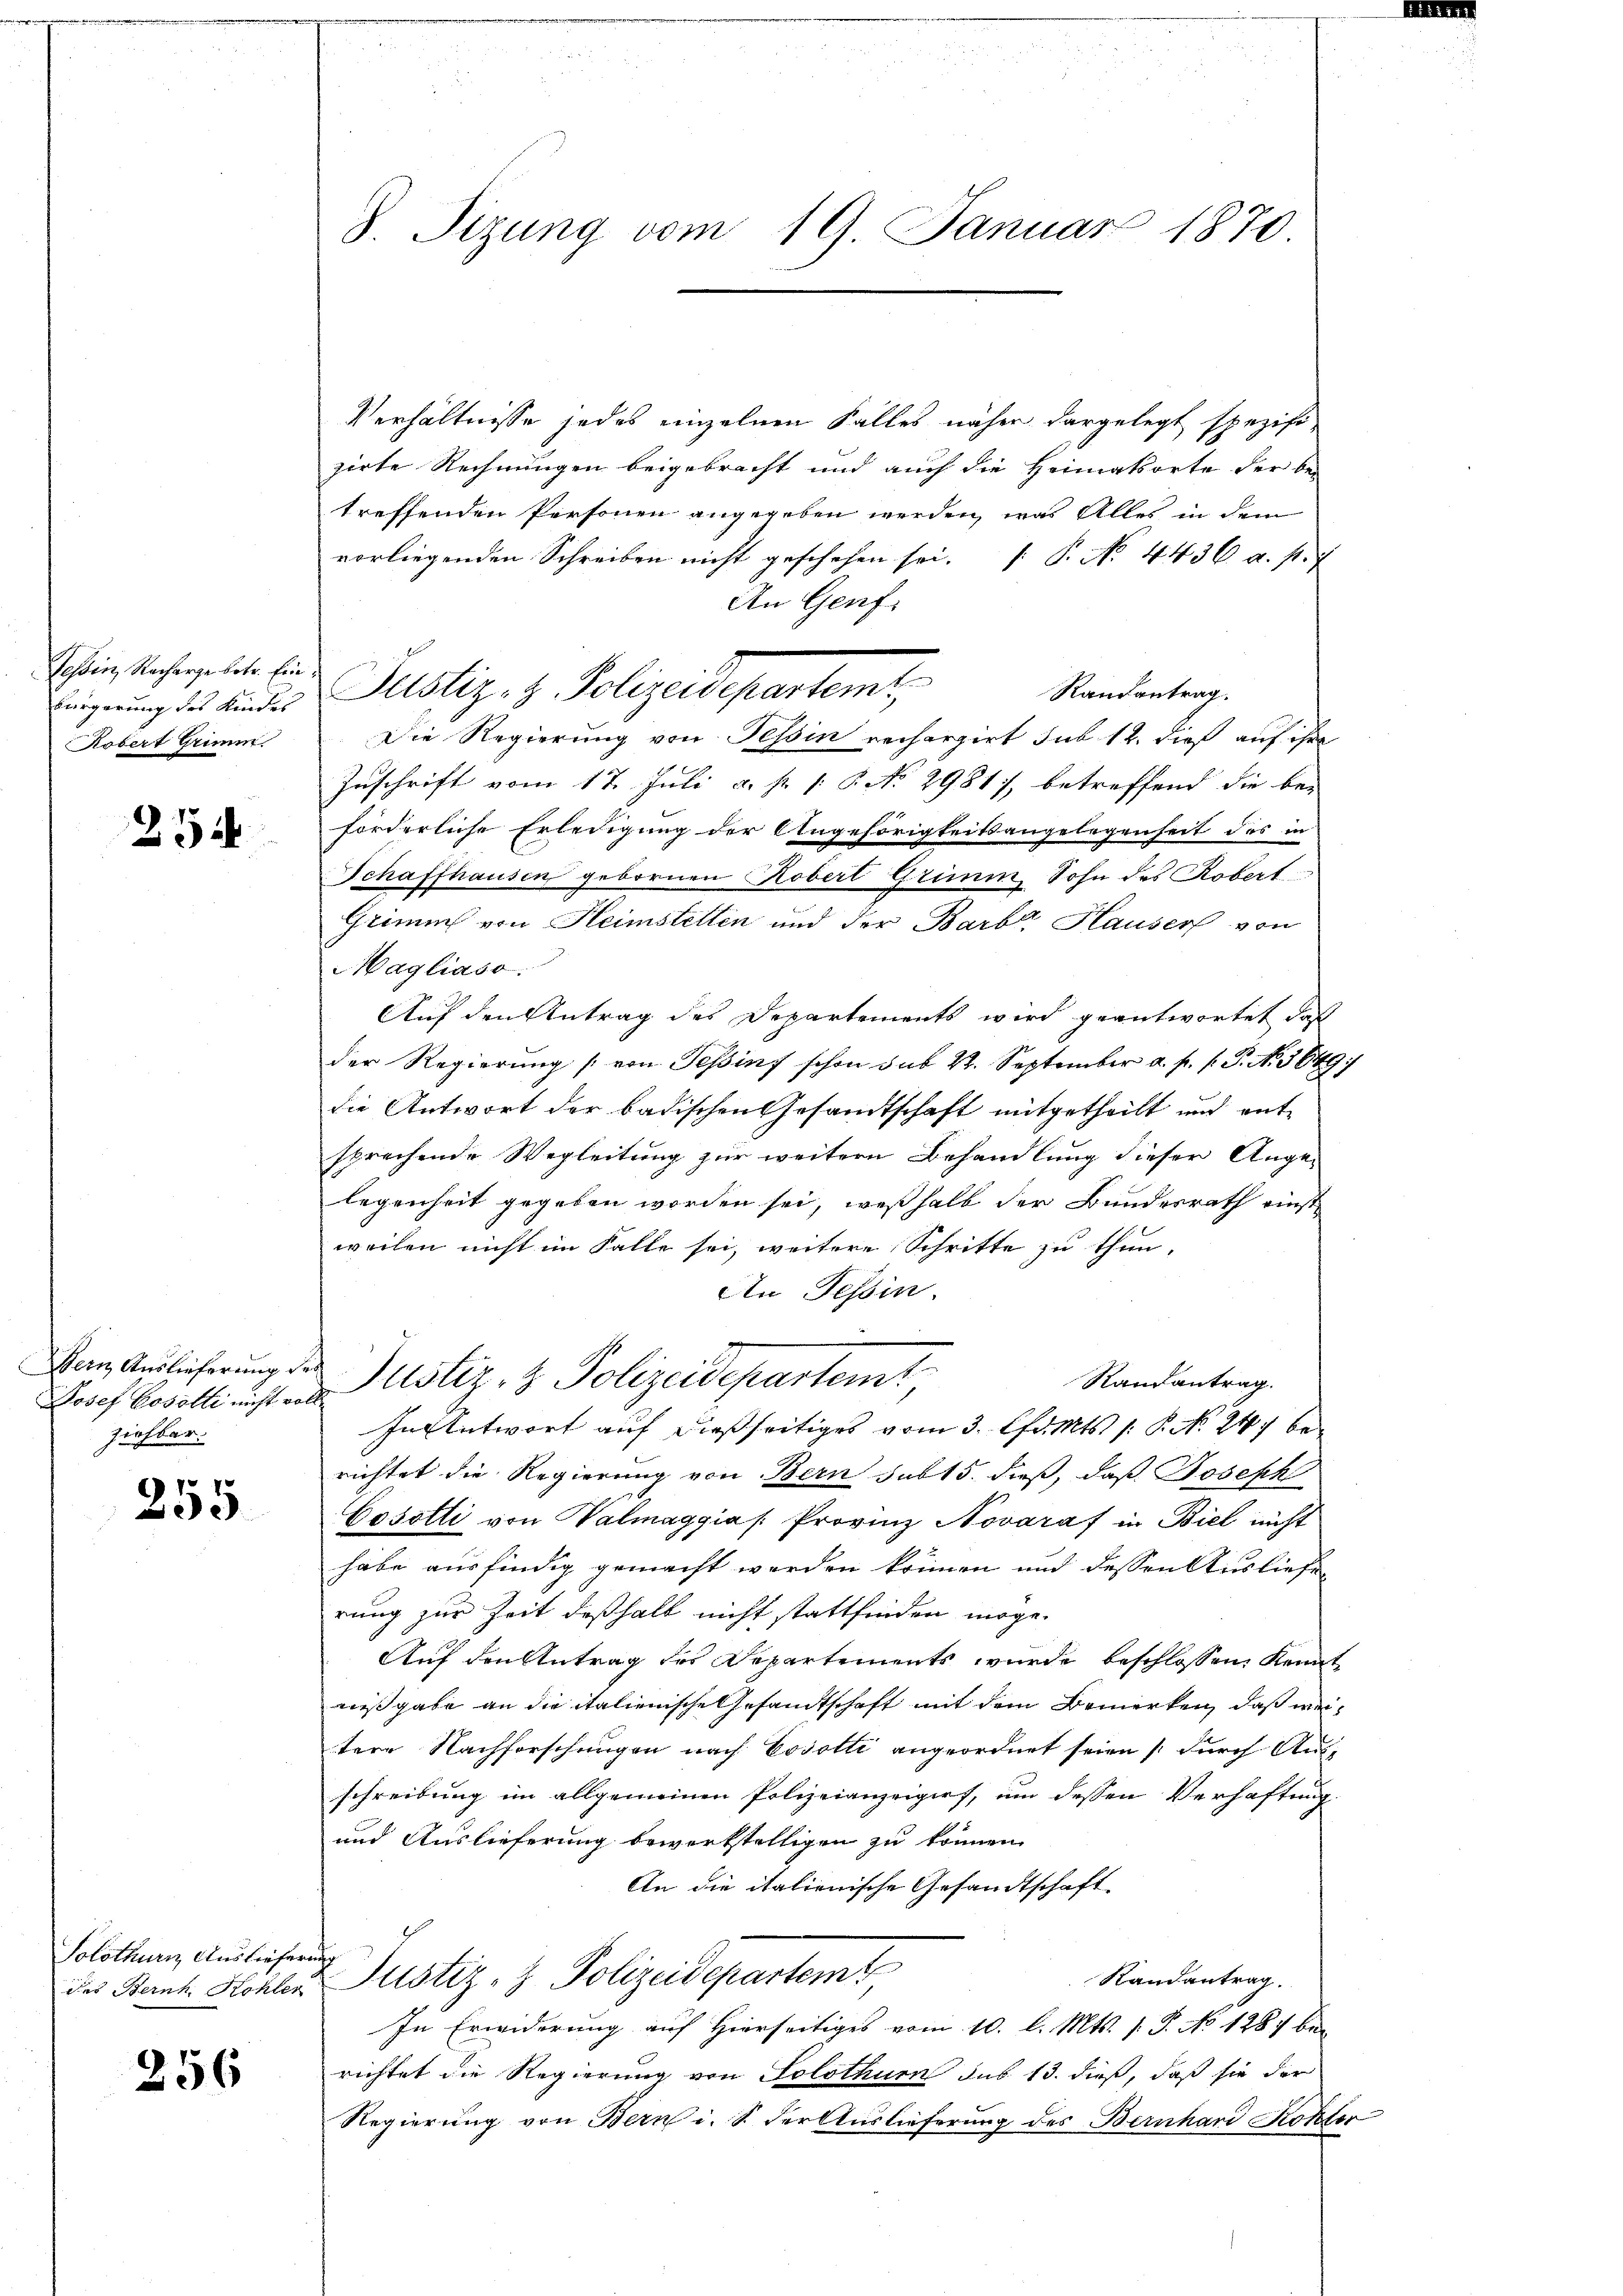
Tessin, Nacharge betr. Einbürgerung des Kindes
Kobert Grimm

254

Josef Bosolli nicht vollziehbar.

255

Solothurn, Ausliefe

256

S. Sizung vom 19. Januar 1870

.

Verhältnisse jedes einzelnen Falles näher dargelegt spezifizirte Rechnungen beigebracht und auch die Heimatsorte der be-
treffenden Personen angegeben werden, was Alles in dem
vorliegenden Schreiben nicht geschehen sei. P. No. 4436 a. p. 7
An Genf.
ustiz- & Polizeidepartamt,
Randantrag.
Die Regierung von Tessin rechargert sub 12. dieß auf ihre
Zuschrift vom 17. Juli a. p. 1. P. No 2981, betreffend die be-
förderliche Erledigung der Angehörigkeitsangelegenheit des in
Schaffhausen gebornen Roberl Grimm, Sohn des Robert
Grimm von Heimstellen und der Barb. Hauser von
Magliaso.
Auf den Antrag des Departements wird geantwortet, daß
der Regierung (von Teßinf schon sub 22. September a. p. 1. P. N. 5649
die Antwort der badischen Gesandtschaft mitgetheilt und entsprechende Wegleitung zur weitern Behandlung dieser Angelegenheit gegeben worden sei, weßhalb der Bundesrath einst
weilen nicht im Falle sei, weitere Schritte zu thun,
An Tessin.
Vom Auslicherung der Justiz- & Polizeidepartemt
Randantrag.
In Antwort auf dießseitiges vom 3. Chr. Mts. 1. P. Nr. 247 berichtet die Regierung von Bern sub 15. dieß, daß Joseph
Cosotli von Valmaggia /: Provinz Novaraf in Biel nicht
habe ausfindig gemacht werden können und dessen Ausliefe
rung zur Zeit deßhalb nicht stattfinden möge.
Auf den Antrag des Departements wurde beschlossen, Kennt
nißgabe an die italienische Gesandtschaft mit dem Bemerken, daß weitere Nachforschungen nach Covotti angeordnet seien durch Aus-
schreibung im allgemeinen Polizeianzeigert, um dessen Verhaftung.
und Auslieferung bewerkstelligen zu können,
An die italienische Gesandtschaft
i
Randantrag.
des Bernh. Kohler Justiz- & Polizeidepartem
In Erwiderung auf Hierseitiges vom 10. l. Mts. 1. P. No 1287 bei
richtet die Regierung von Solothurn sus 13. dieß, daß sie der
Regierung von Bern i. S. der Auslieferung des Bernhard Koster